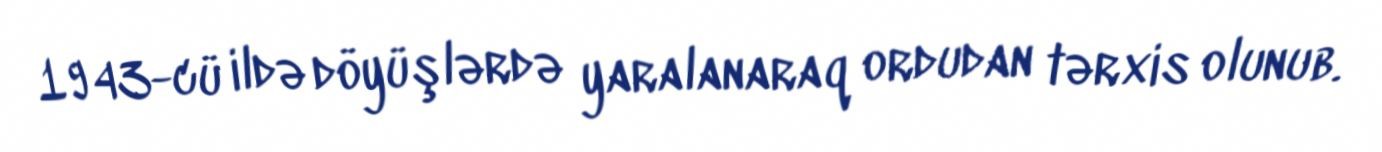
1943-cü ildə döyüşlərdə yaralanaraq ordudan tərxis olunub.